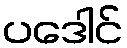
ပဒေါင်